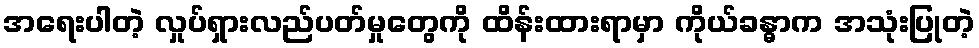
အရေးပါတဲ့ လှုပ်ရှားလည်ပတ်မှုတွေကို ထိန်းထားရာမှာ ကိုယ်ခန္ဓာက အသုံးပြုတဲ့